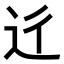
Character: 𨑠